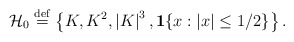
\begin{align*}{\cal H}_{0}\stackrel{\rm def}{=}\left\{ K,K^{2},\left| K\right| ^{3},{\bf 1}\{x:|x|\leq 1/2\}\right\} . \end{align*}